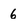
Character: 6